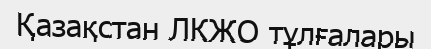
Қазақстан ЛКЖО тұлғалары